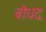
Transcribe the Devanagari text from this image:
बोधदः